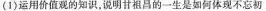
(1)运用价值观的知识，说明甘祖昌的一生是如何体现不忘初